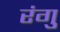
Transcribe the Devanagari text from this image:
रंगु